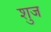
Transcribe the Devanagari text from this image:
शुज